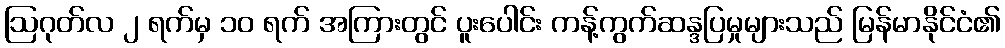
ဩဂုတ်လ ၂ ရက်မှ ၁၀ ရက် အကြားတွင် ပူးပေါင်း ကန့်ကွက်ဆန္ဒပြမှုများသည် မြန်မာနိုင်ငံ၏